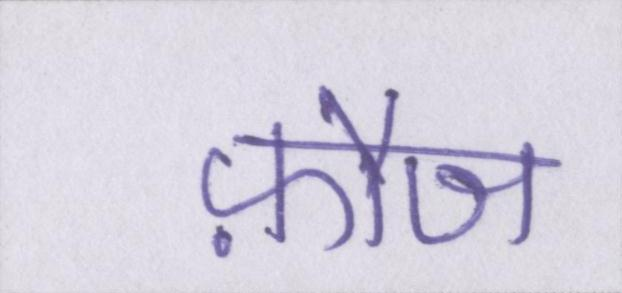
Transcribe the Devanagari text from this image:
फ़ौज